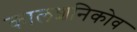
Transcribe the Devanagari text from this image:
कालशनिकोव